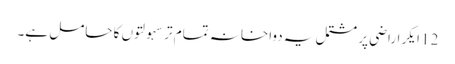
12 ایکر اراضی پر مشتمل یہ دواخانہ تمام تر سہولتوں کا حامل ہے۔